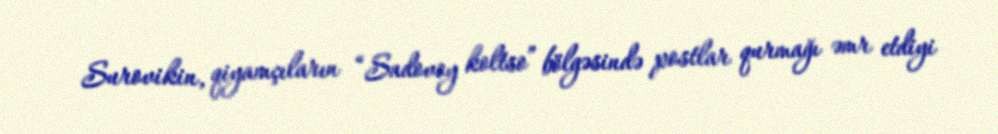
Surovikin, qiyamçıların “Sadovoy koltso” bölgəsində postlar qurmağı əmr etdiyi